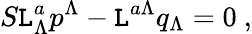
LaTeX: S\mathtt{L}_{\Lambda}^{a}p^{\Lambda}-\mathtt{L}^{a\Lambda}q_{\Lambda}=0\ ,